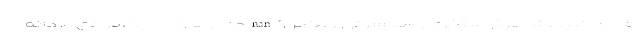
اقدام کنید. شاهرخ استخری و همسرش (عکس) nan مدل های جدید هودی مردانه